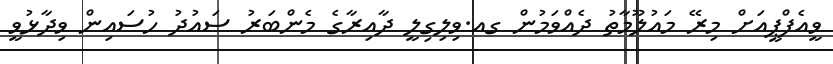
ވީއެފްޕީއަށް މިރޭ މައުލޫމާތު ދެއްވަމުން ގއ.ވިލިގިލީ ދާއިރާގެ މެންބަރު ސައުދު ހުސައިން ވިދާޅުވީ